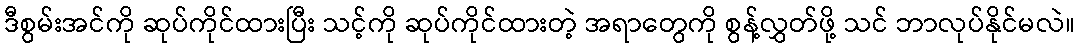
ဒီစွမ်းအင်ကို ဆုပ်ကိုင်ထားပြီး သင့်ကို ဆုပ်ကိုင်ထားတဲ့ အရာတွေကို စွန့်လွှတ်ဖို့ သင် ဘာလုပ်နိုင်မလဲ။